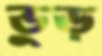
ভুড়